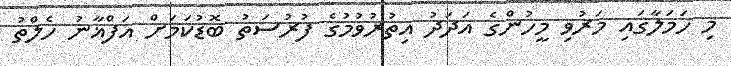
މި ހަމަލާގައި މަރުވި މީހުންގެ އަދަދު އިތުރުވުމުގެ ފުރުސަތު ބޮޑުކަމަށް އަފްޣާނު ހެލްތު